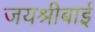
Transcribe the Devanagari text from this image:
जयश्रीबाई